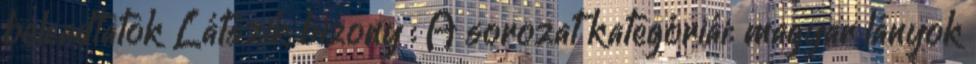
beleadtatok Látszik bizony : A sorozat kategóriái: magyar lányok